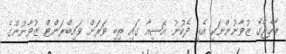
ރާއްޖޭގެ ޒުވާނުންނަކީ އެއީ ދެކުނު އޭޝިއާ ގައި ތިބި ވަރަށް ވައިބްރަންޓް ޒުވާނުންގެ